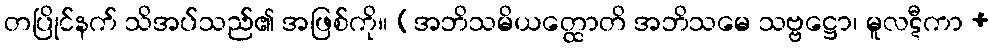
တပြိုင်နက် သိအပ်သည်၏ အဖြစ်ကို။ (အဘိသမိယတ္ထောတိ အဘိသမေ သဗ္ဗဋ္ဌော၊ မူလဋီကာ +